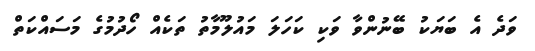
ވަދެ އެ ބަޔަކު ބޭނުންވާ ވަކި ކަހަލަ މައުލޫމާތު ތަކެއް ހޯދުމުގެ މަސައްކަތް